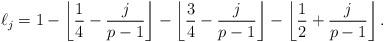
LaTeX: \begin{align*}\ell_j=1-\left\lfloor\frac{1}{4}-\frac{j}{p-1}\right\rfloor-\left\lfloor\frac{3}{4}-\frac{j}{p-1}\right\rfloor-\left\lfloor\frac{1}{2}+\frac{j}{p-1}\right\rfloor.\end{align*}